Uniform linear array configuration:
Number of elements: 8
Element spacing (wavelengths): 0.25
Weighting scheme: blackman
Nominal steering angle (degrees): -30
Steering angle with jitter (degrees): -29.866
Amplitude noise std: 0.05
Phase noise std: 0.05

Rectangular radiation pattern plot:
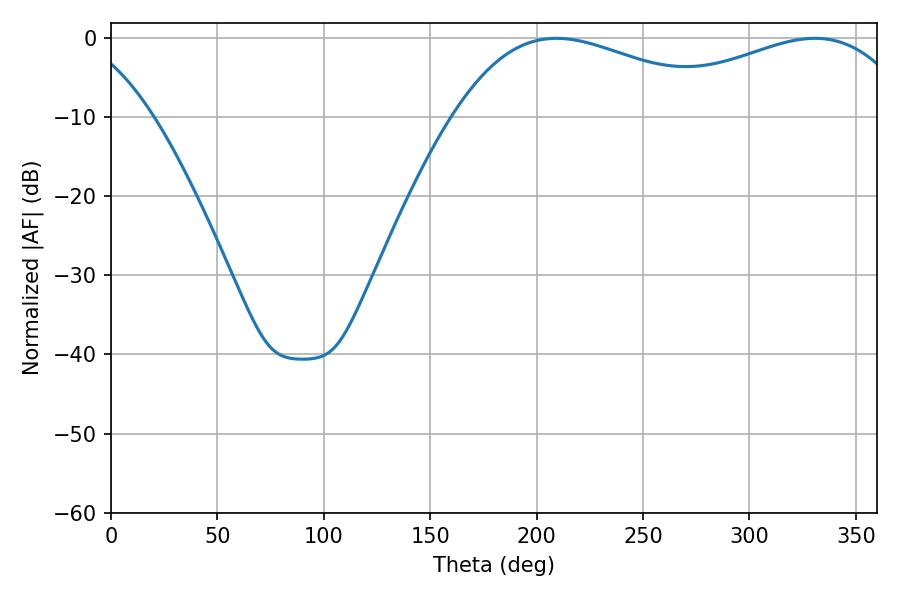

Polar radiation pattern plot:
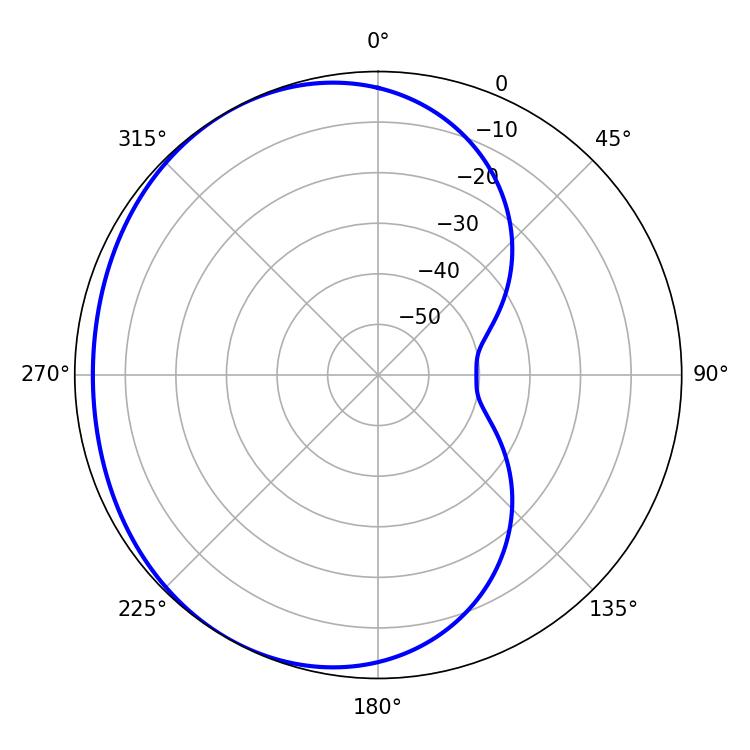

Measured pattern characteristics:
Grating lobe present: FALSE
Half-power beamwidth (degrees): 72.18
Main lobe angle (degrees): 209.16